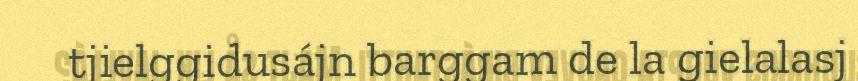
tjielggidusájn barggam de la gielalasj